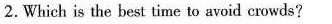
2.Which is the best time to avoid crowds ?